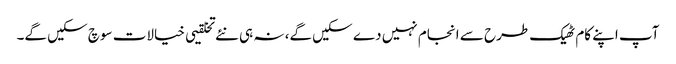
آپ اپنے کام ٹھیک طرح سے انجام نہیں دے سکیں گے، نہ ہی نئے تخلقیی خیالات سوچ سکیں گے۔